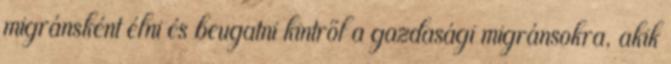
migránsként élni és beugatni kintről a gazdasági migránsokra, akik